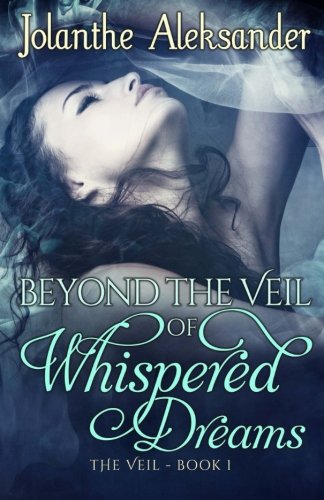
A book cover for Beyond The Veil of Whispered Dreams: The Veil Book I (Volume 1); Jolanthe Aleksander; Science Fiction & Fantasy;